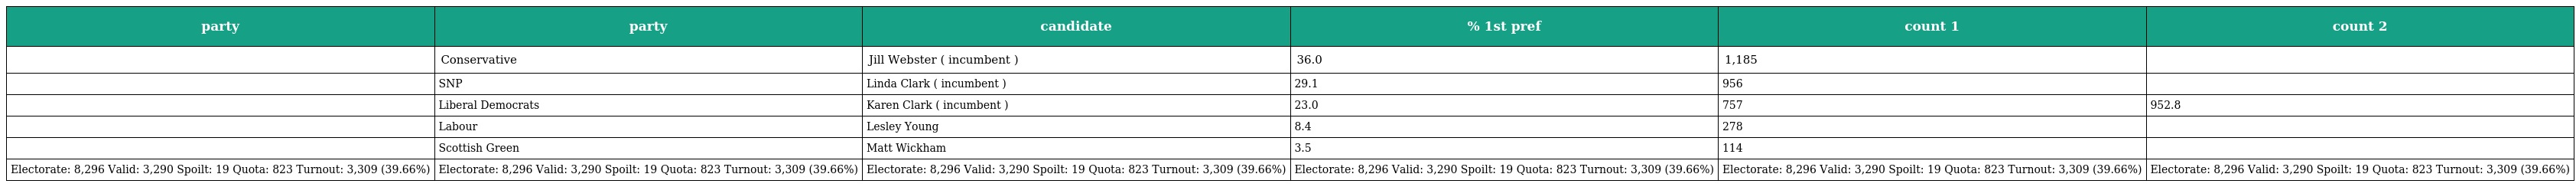
| party | party | candidate | % 1st pref | count 1 | count 2 |
 | --- | --- | --- | --- | --- | --- |
 |  | Conservative | Jill Webster ( incumbent ) | 36.0 | 1,185 |  |
 |  | SNP | Linda Clark ( incumbent ) | 29.1 | 956 |  |
 |  | Liberal Democrats | Karen Clark ( incumbent ) | 23.0 | 757 | 952.8 |
 |  | Labour | Lesley Young | 8.4 | 278 |  |
 |  | Scottish Green | Matt Wickham | 3.5 | 114 |  |
 | Electorate: 8,296 Valid: 3,290 Spoilt: 19 Quota: 823 Turnout: 3,309 (39.66%) | Electorate: 8,296 Valid: 3,290 Spoilt: 19 Quota: 823 Turnout: 3,309 (39.66%) | Electorate: 8,296 Valid: 3,290 Spoilt: 19 Quota: 823 Turnout: 3,309 (39.66%) | Electorate: 8,296 Valid: 3,290 Spoilt: 19 Quota: 823 Turnout: 3,309 (39.66%) | Electorate: 8,296 Valid: 3,290 Spoilt: 19 Quota: 823 Turnout: 3,309 (39.66%) | Electorate: 8,296 Valid: 3,290 Spoilt: 19 Quota: 823 Turnout: 3,309 (39.66%) |